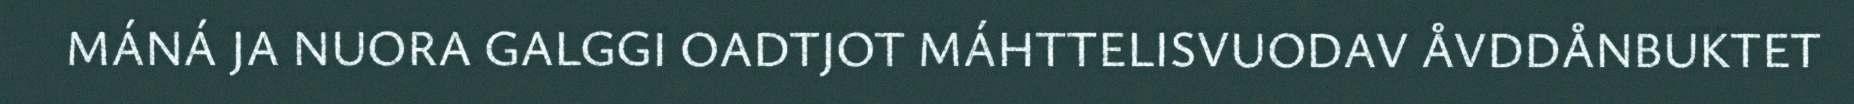
MÁNÁ JA NUORA GALGGI OADTJOT MÁHTTELISVUODAV ÅVDDÅNBUKTET